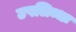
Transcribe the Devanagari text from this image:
उपलिब्धः